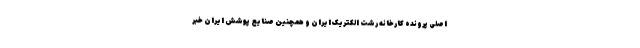
اصلی پرونده کارخانه رشت الکتریک ایران و همچنین صنایع پوشش ایران خبر